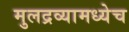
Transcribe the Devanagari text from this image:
मुलद्रव्यामध्येच